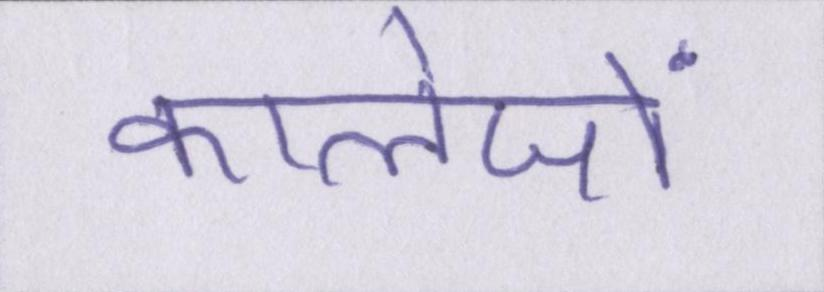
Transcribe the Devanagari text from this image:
कालेजों